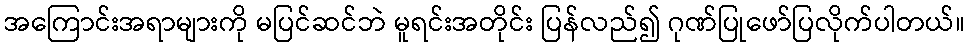
အကြောင်းအရာများကို မပြင်ဆင်ဘဲ မူရင်းအတိုင်း ပြန်လည်၍ ဂုဏ်ပြုဖော်ပြလိုက်ပါတယ်။